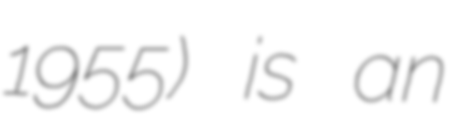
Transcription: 1955) is an